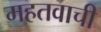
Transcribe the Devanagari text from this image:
महतवाची